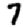
Digit: 7